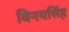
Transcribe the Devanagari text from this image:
विनयसिंह